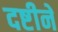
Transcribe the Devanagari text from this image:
दष्टीने